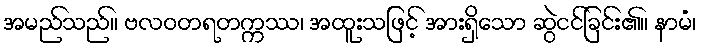
အမည်သည်။ ဗလဝတရတက္ကဿ၊ အထူးသဖြင့် အားရှိသော ဆွဲငင်ခြင်း၏။ နာမံ၊